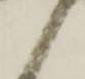
候